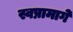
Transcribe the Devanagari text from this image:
स्वप्नामागे